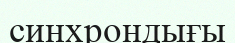
синхрондығы